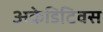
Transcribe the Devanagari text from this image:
अक्रेडिटिवस